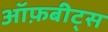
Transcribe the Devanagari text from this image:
ऑफ़बीट्स